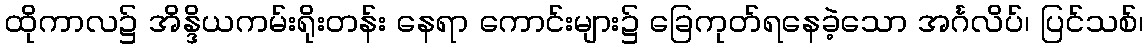
ထိုကာလ၌ အိန္ဒိယကမ်းရိုးတန်း နေရာ ကောင်းများ၌ ခြေကုတ်ရနေခဲ့သော အင်္ဂလိပ်၊ ပြင်သစ်၊